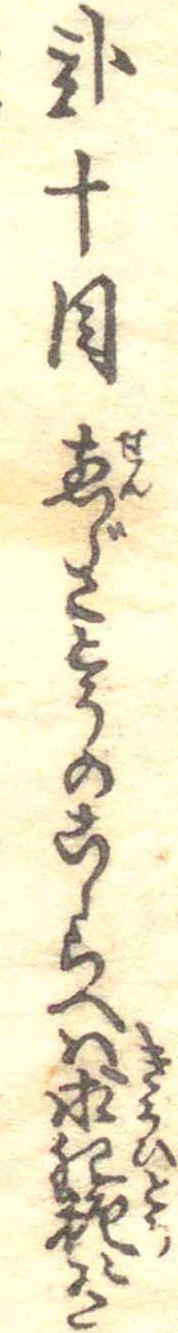
弐十目煎じさとうのこしらへは求肥糖に有